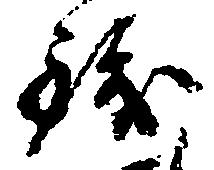
銭